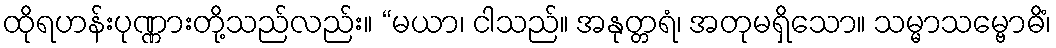
ထိုရဟန်းပုဏ္ဏားတို့သည်လည်း။ “မယာ၊ ငါသည်။ အနုတ္တရံ၊ အတုမရှိသော။ သမ္မာသမ္ဗောဓိံ၊